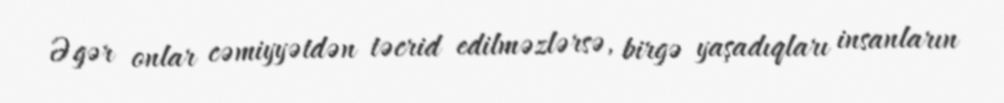
Əgər onlar cəmiyyətdən təcrid edilməzlərsə, birgə yaşadıqları insanların